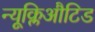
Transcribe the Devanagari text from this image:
न्यूक्लिऔटिड